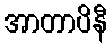
အာတာပိနီ